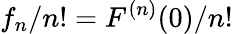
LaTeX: f_{n}/n!=F^{(n)}(0)/n!